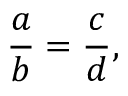
{ \frac { a } { b } } = { \frac { c } { d } } ,